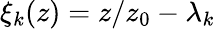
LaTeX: \xi_{k}(z)=z/z_{0}-\lambda_{k}